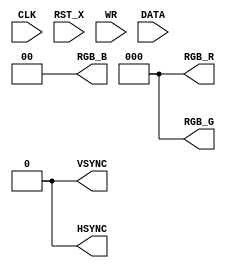
module dsp_top
(
        input           CLK,
        input           RST_X,
        input           WR,
        input   [63:0]  DATA,

        output  [2:0]   RGB_R,
        output  [2:0]   RGB_G,
        output  [1:0]   RGB_B,
        output          HSYNC,
        output          VSYNC
);

assign RGB_R = 0;
assign RGB_G = 0;
assign RGB_B = 0;
assign HSYNC = 0;
assign VSYNC = 0;
endmodule